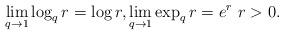
LaTeX: \begin{align*}\lim_{q\to 1}\log_q r=\log r,\lim_{q\to 1}\exp_q r=e^r\ r>0.\end{align*}